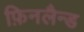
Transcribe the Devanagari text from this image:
फ़िनलैन्ड